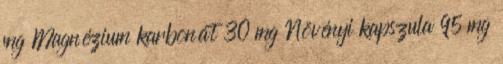
mg Magnézium karbonát 30 mg Növényi kapszula 95 mg